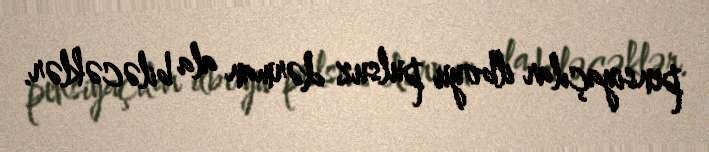
pensiyaçılar ilboyu pulsuz dərman ala biləcəklər.